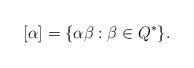
LaTeX: \begin{align*} [\alpha] = \{\alpha\beta: \beta\in Q^*\}.\end{align*}